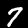
Digit: 7